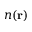
n ( \mathbf { r } )